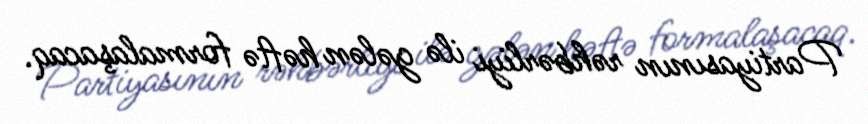
Partiyasının rəhbərliyi ilə gələn həftə formalaşacaq.